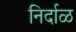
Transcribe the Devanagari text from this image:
निर्दाळ